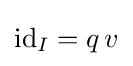
{\text{id}}_{I}=q\,v